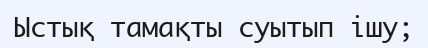
Ыстық тамақты суытып ішу;